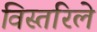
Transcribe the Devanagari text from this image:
विस्तरिले